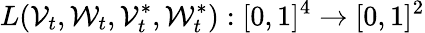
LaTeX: L(\mathcal{V}_{t},\mathcal{W}_{t},\mathcal{V}_{t}^{*},\mathcal{W}_{t}^{*}):[0,1]^{4}\to[0,1]^{2}